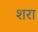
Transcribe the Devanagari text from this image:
शरा